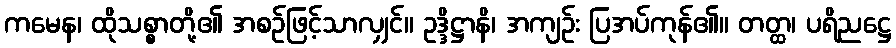
ကမေန၊ ထိုသစ္စာတို့၏ အစဉ်ဖြင့်သာလျှင်။ ဥဒ္ဒိဋ္ဌာနိ၊ အကျဉ်း ပြအပ်ကုန်၏။ တတ္ထ၊ ပရိညဋ္ဌေ